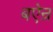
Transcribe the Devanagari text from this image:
बऐन्र